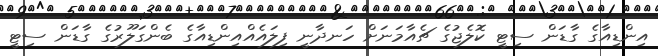
އިންޑިއާގެ ގާޑަން ސިޓީ ކޮލެޖުގެ ޗެއާމަނަށް ހަނދާނީ ފިލައެއްއިންޑިއާގެ ބެންގަލޫރުގެ ގާޑަން ސިޓީ